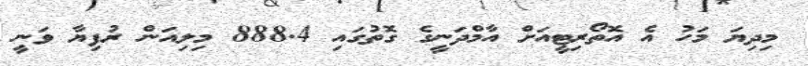
މިދިޔަ މަހު އެ އޮތޯރިޓީއަށް އާމްދަނީގެ ގޮތުގައި 888.4 މިލިއަން ރުފިޔާ ވަނީ